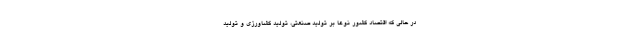
در حالی‌ که اقتصاد کشور نوعا بر تولید صنعتی، تولید کشاورزی و تولید